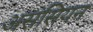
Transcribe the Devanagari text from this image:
असंसियन